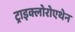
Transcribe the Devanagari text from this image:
ट्राइक्लोरोएथेन